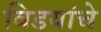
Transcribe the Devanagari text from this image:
विडयांचे